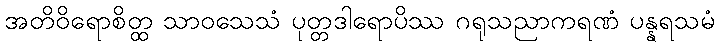
အတိဝိရောစိတ္ထ သာဝသေသံ ပုတ္တဒါရောပိဿ ဂရုသညာကရဏံ ပန္နရသမံ